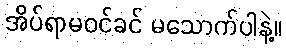
အိပ်ရာမဝင်ခင် မသောက်ပါနဲ့။